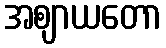
အဈာယတော